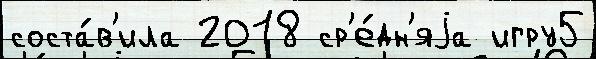
соста́в'ила 2018 ср'е́дн'яjа игру5